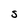
Character: S